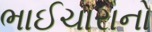
ભાઈચારાનો